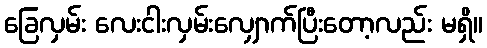
ခြေလှမ်း လေးငါးလှမ်းလျှောက်ပြီးတော့လည်း မရှိ။